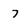
Character: 7